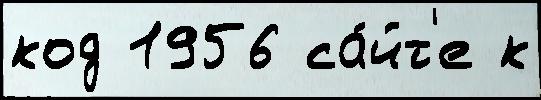
код 1956 са́йт'е к